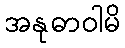
အနုဓာဝါမိ